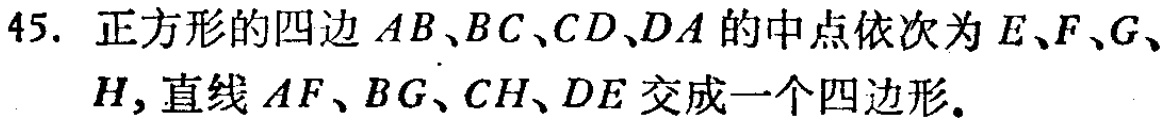
45. 正方形的四边 \(AB、BC、CD、DA\) 的中点依次为 \(E、F、G、H\)，直线 \(AF、BG、CH、DE\) 交成一个四边形。